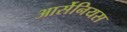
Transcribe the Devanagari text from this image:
आर्सेनियस